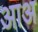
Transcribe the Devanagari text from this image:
आअ